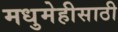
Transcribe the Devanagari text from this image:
मधुमेहीसाठी